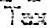
TAX